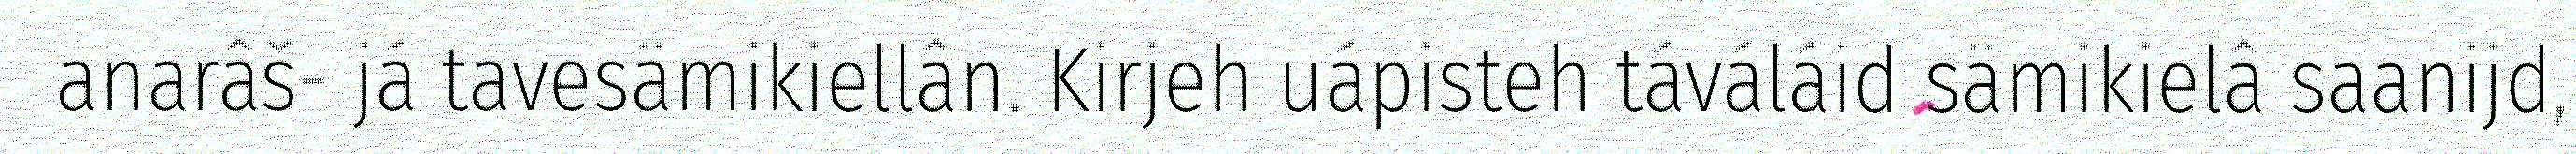
anarâš- já tavesämikiellân. Kirjeh uápisteh táváláid sämikielâ saanijd,